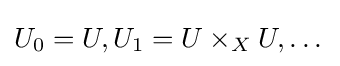
U_{0}=U,U_{1}=U\times _{X}U,\dots